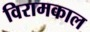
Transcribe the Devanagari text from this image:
विरामकाल